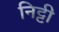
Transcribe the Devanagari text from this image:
निट्टी